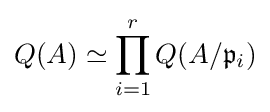
Q(A)\simeq \prod _{i=1}^{r}Q(A/{\mathfrak {p}}_{i})